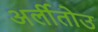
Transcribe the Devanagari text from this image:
अर्लीतोउ